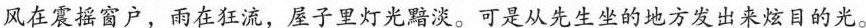
风在震摇窗户，雨在狂流，屋子里灯光黯淡。可是从先生坐的地方发出来炫目的光